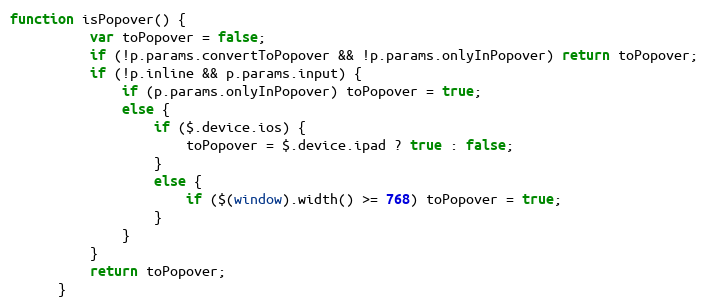
Language: JavaScript
function isPopover() {
          var toPopover = false;
          if (!p.params.convertToPopover && !p.params.onlyInPopover) return toPopover;
          if (!p.inline && p.params.input) {
              if (p.params.onlyInPopover) toPopover = true;
              else {
                  if ($.device.ios) {
                      toPopover = $.device.ipad ? true : false;
                  }
                  else {
                      if ($(window).width() >= 768) toPopover = true;
                  }
              }
          }
          return toPopover;
      }